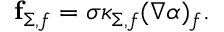
\begin{array} { r } { \mathbf { f } _ { \Sigma , f } = \sigma \kappa _ { \Sigma , f } ( \nabla \alpha ) _ { f } . } \end{array}